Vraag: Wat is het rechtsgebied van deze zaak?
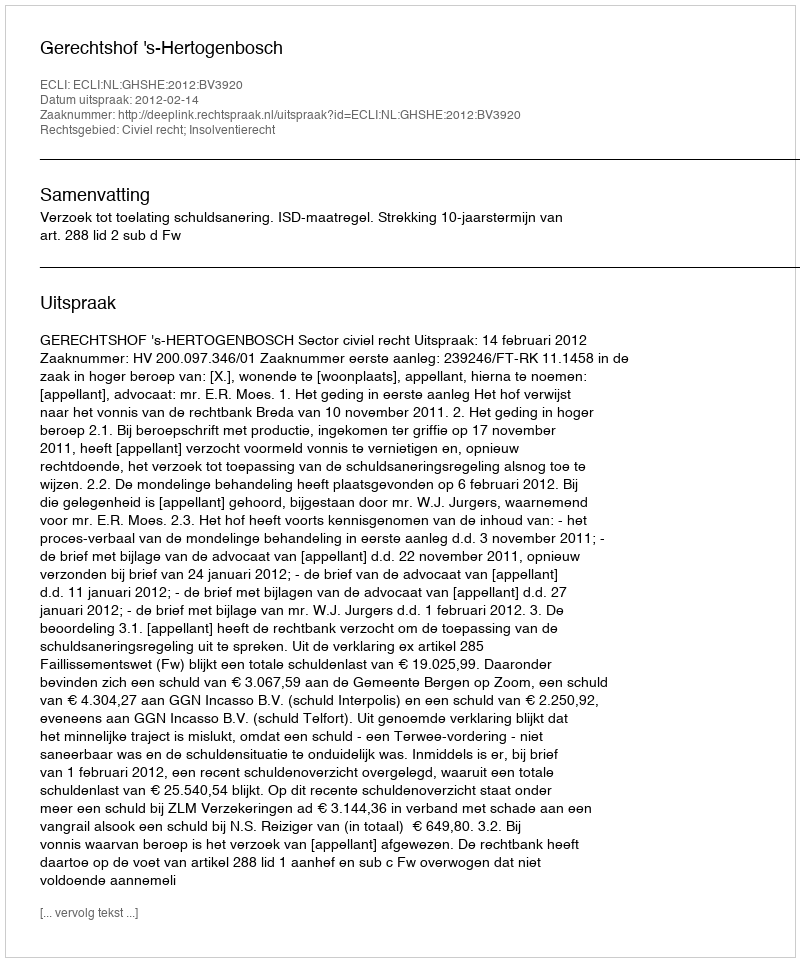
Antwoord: Civiel recht; Insolventierecht